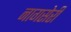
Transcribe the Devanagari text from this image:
नागसेरी